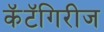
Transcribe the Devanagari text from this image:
कॅटॅगिरीज